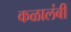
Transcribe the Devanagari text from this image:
कळालंबी